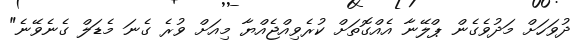
ދުވަހަށް މަދުވެގެން ޕްލޭނާ އެއްގޮތަށް ކުރެވިއްޖެއްޔާ މިއަށް ވުރެ ގެނަ މެޑަލް ގެނެވޭނެ"